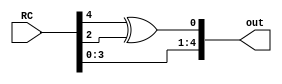
module RCupdate (input [4:0] RC,output reg [4:0] out);

always @(*)  begin

 out[0] = RC[4] ^ RC[2];
 out[4:1] = RC [3:0];

end
endmodule